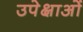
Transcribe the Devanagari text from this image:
उपेक्षाअों